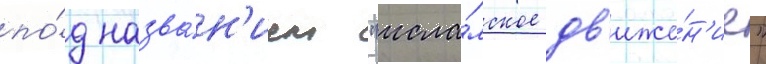
по́д назва́н'ием "исла́мское дв'иже́н'ие"